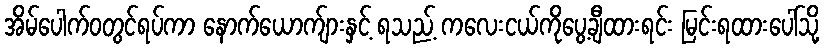
အိမ်ပေါက်ဝတွင်ရပ်ကာ နောက်ယောက်ျားနှင့် ရသည့် ကလေးငယ်ကိုပွေ့ချီထားရင်း မြင်းရထားပေါ်သို့